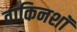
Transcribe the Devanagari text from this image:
वाकिनशॉ